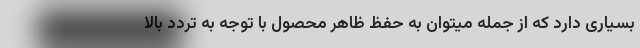
بسیاری دارد که از جمله میتوان به حفظ ظاهر محصول با توجه به تردد بالا